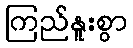
ကြည်နူးစွာ